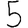
Digit: 5